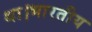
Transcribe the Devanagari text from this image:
था।भारतीय